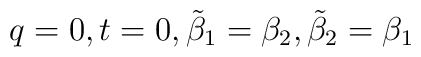
q = 0 , t = 0 , \tilde\beta_{1} = \beta_{2} , \tilde\beta_{2} = \beta_{1}